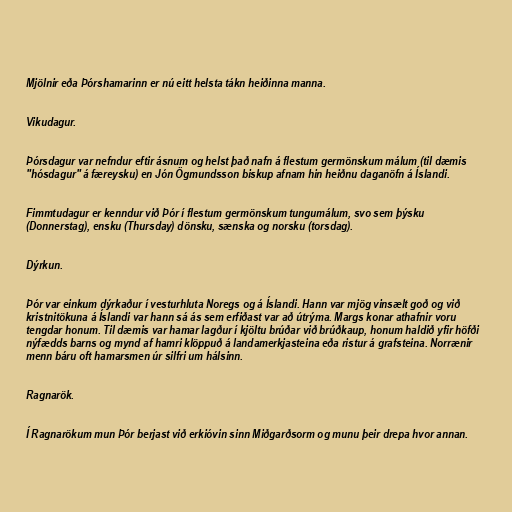
Mjölnir eða Þórshamarinn er nú eitt helsta tákn heiðinna manna.

Vikudagur.

Þórsdagur var nefndur eftir ásnum og helst það nafn á flestum germönskum málum (til dæmis
"hósdagur" á færeysku) en Jón Ögmundsson biskup afnam hin heiðnu daganöfn á Íslandi.

Fimmtudagur er kenndur við Þór í flestum germönskum tungumálum, svo sem þýsku
(Donnerstag), ensku (Thursday) dönsku, sænska og norsku (torsdag).

Dýrkun.

Þór var einkum dýrkaður í vesturhluta Noregs og á Íslandi. Hann var mjög vinsælt goð og við
kristnitökuna á Íslandi var hann sá ás sem erfiðast var að útrýma. Margs konar athafnir voru
tengdar honum. Til dæmis var hamar lagður í kjöltu brúðar við brúðkaup, honum haldið yfir höfði
nýfædds barns og mynd af hamri klöppuð á landamerkjasteina eða ristur á grafsteina. Norrænir
menn báru oft hamarsmen úr silfri um hálsinn.

Ragnarök.

Í Ragnarökum mun Þór berjast við erkióvin sinn Miðgarðsorm og munu þeir drepa hvor annan.